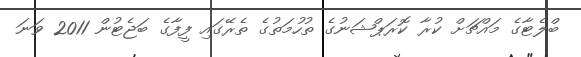
ބްލެޓާގެ މައްޗަށް ކުރާ ކޮރަޕްޝަނުގެ ތުުހުމަތުގެ ތެރޭގައި ފީފާގެ ބަޖެޓުން 2011 ވަނަ